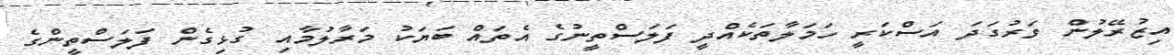
އިޒުރޭލުން ވަރުގަދަ އަސްކަރީ ހަމަލާތަކެއްދީ ފަލަސްތީނުގެ އެތައް ބަޔަކު މަރާލުމާއި ގުޅިގެން ފަލަސްތީންގެ